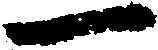
一